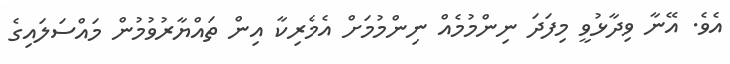
އެވެ. އޭނާ ވިދާޅުވީ މިފަދަ ނިންމުމެއް ނިންމުމަށް އެމެރިކާ އިން ތައްޔާރުވުމުން މައްސަލައިގެ